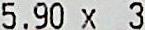
5.90 X 3